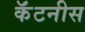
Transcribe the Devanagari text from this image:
कॅंटनीस